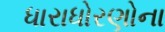
ધારાધોરણોના